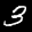
Label: 3